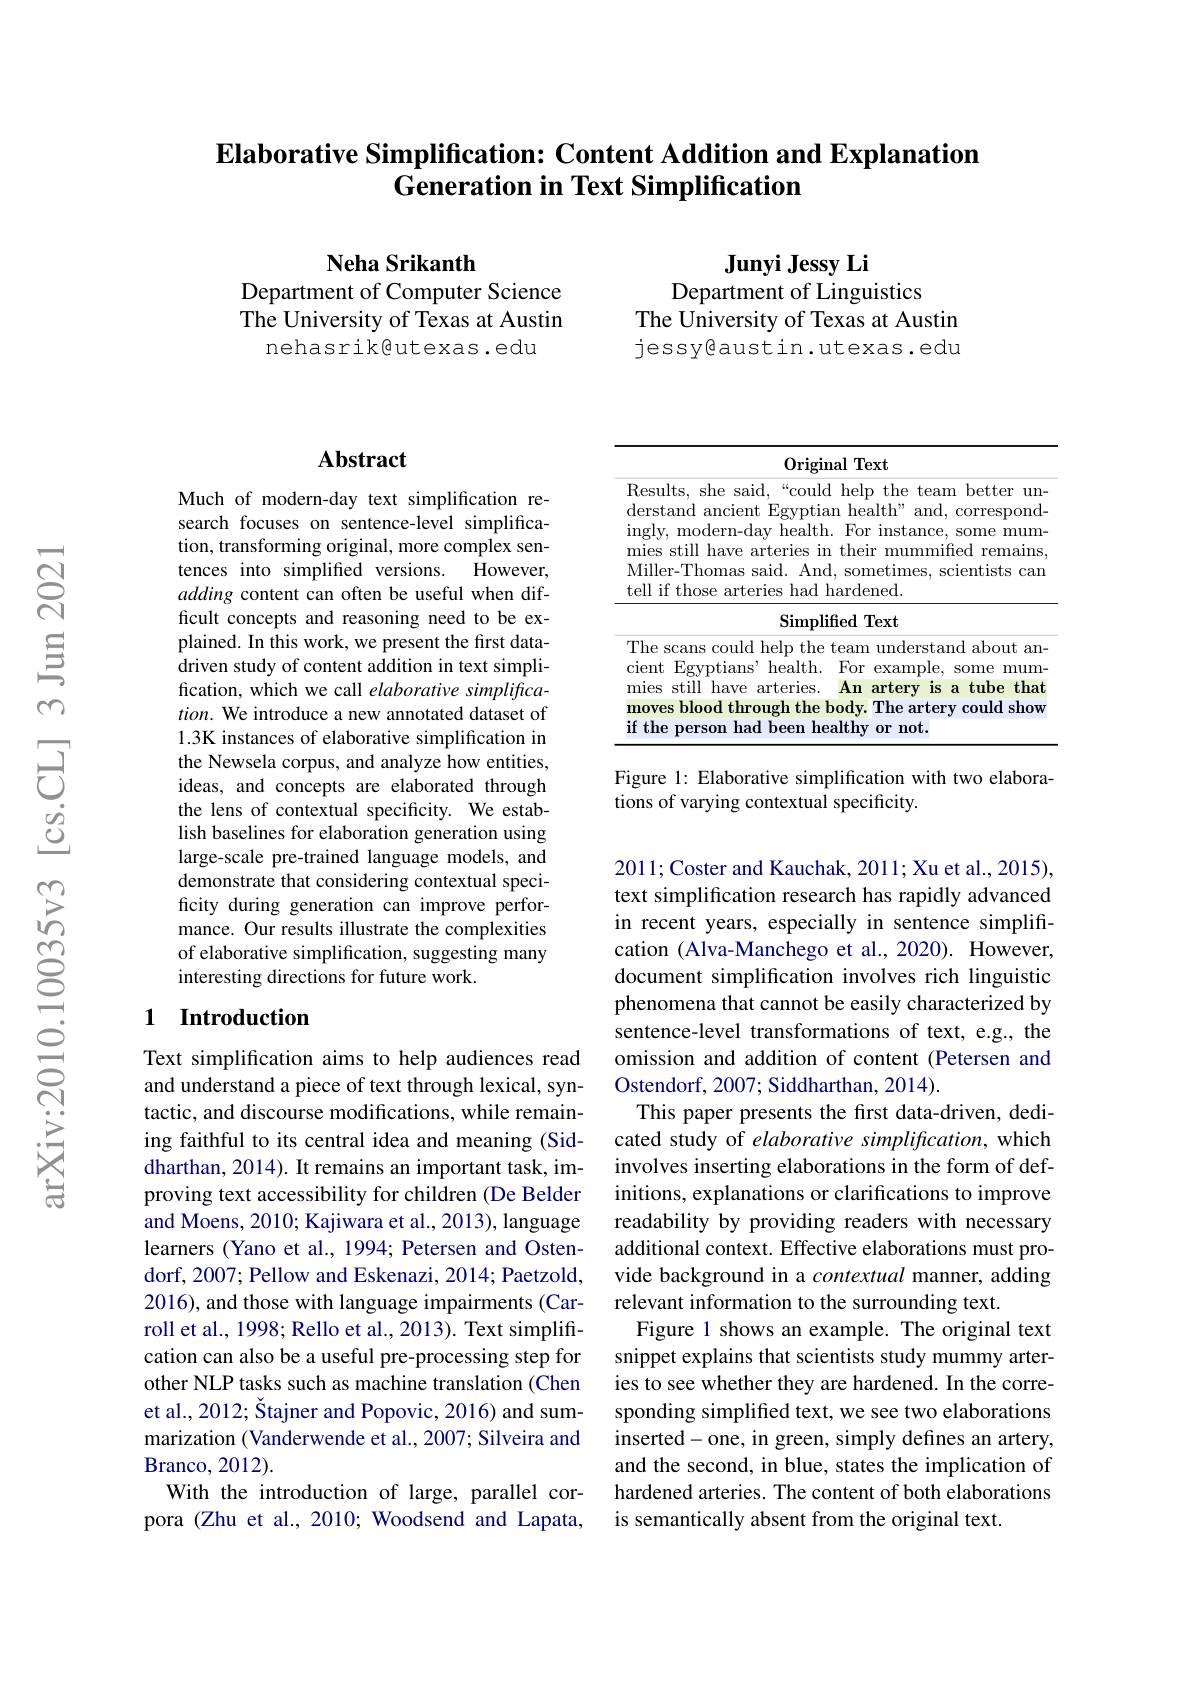
### Elaborative Simplification: Content Addition and Explanation Generation in Text Simplification

Neha Srikanth
Department of Computer Science The University of Texas at Austin
nehasrik@utexas.edu

$\textbf{Junyi Jessy Li}$
Department of Linguistics
The University of Texas at Austin jessy@austin.utexas.edu

## Abstract

Much of modern-day text simplification research focuses on sentence-level simplification, transforming original, more complex sentences into simplified versions. However, adding content can often be useful when difficult concepts and reasoning need to be explained. In this work, we present the first datadriven study of content addition in text simplification, which we call elaborative simplifica- $tion.$ We introduce a new annotated dataset of 1.3K instances of elaborative simplification in the Newsela corpus, and analyze how entities, ideas, and concepts are elaborated through the lens of contextual specificity. We establish baselines for elaboration generation using large-scale pre-trained language models, and demonstrate that considering contextual specificity during generation can improve performance. Our results illustrate the complexities of elaborative simplification, suggesting many interesting directions for future work.

## 1 Introduction

Text simplification aims to help audiences read and understand a piece of text through lexical, syntactic, and discourse modifications, while remaining faithful to its central idea and meaning (Siddharthan, 2014). It remains an important task, improving text accessibility for children (De Belder and Moens, 2010; Kajiwara et al., 2013), language learners (Yano et al., 1994; Petersen and Ostendorf, 2007; Pellow and Eskenazi, 2014; Paetzold, 2016), and those with language impairments (Carroll et al., 1998; Rello et al., 2013). Text simplification can also be a useful pre-processing step for other NLP tasks such as machine translation (Chen et al., 2012; Štajner and Popovic, 2016) and summarization (Vanderwende et al., 2007; Silveira and ${\mathrm{Branco,2012).}}$
With the introduction of large, parallel corpora (Zhu et al., 2010; Woodsend and Lapata,

<table>
	<tbody>
		<tr>
			<td> </td>
			<td>Original Text</td>
		</tr>
		<tr>
			<td>$w$ 1</td>
			<td>she said,“could help the team better un d ancient Egyptian health" and, correspond nodern-day health. For instance, some mum ill have arteries in their mummified remains $\Gamma$homas said. And, sometimes, scientists cam hose arteries had hardened.</td>
		</tr>
		<tr>
			<td> </td>
			<td>uns could help the team understand about an gyptians' health. I For example, some mum ill have arteries. An artery $\textbf{is a tube that}$ lood through the body. The artery could show erson had been healthv $\textbf{or not. }$</td>
		</tr>
	</tbody>
</table>

Figure 1: Elaborative simplification with two elabora-
tions of varying contextual specificity.

2011;Coster and Kauchak, 2011; Xu et al., 2015), text simplification research has rapidly advanced in recent years, especially in sentence simplification (Alva-Manchego et al., 2020). However, document simplification involves rich linguistic phenomena that cannot be easily characterized by sentence-level transformations of text, e.g., the omission and addition of content (Petersen and Ostendorf, 2007; Siddharthan, 2014) .
This paper presents the first data-driven, dedicated study of elaborative simplification, which involves inserting elaborations in the form of definitions, explanations or clarifications to improve readability by providing readers with necessary additional context. Effective elaborations must provide background in a contextual manner, adding relevant information to the surrounding text.
Figure 1 shows an example. The original text snippet explains that scientists study mummy arteries to see whether they are hardened. In the corresponding simplified text, we see two elaborations inserted-one, in green, simply defines an artery, and the second, in blue, states the implication of hardened arteries. The content of both elaborations is semantically absent from the original text.